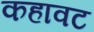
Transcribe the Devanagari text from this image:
कहावट